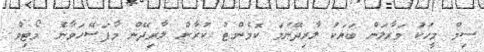
ސިމް މީހަކު މަރާލަން ބަޔަކު ލާރިދޭނަމަ ކޮމެންޓު ކުރާން ލާރިދޭން މާފަސޭހަވާނެ. މޯޓިވް